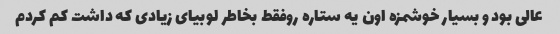
عالی بود و بسیار خوشمزه اون یه ستاره روفقط بخاطر لوبیای زیادی که داشت کم کردم